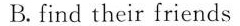
B.find their friends